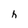
Character: h